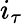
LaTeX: i_{\tau}